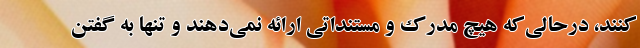
‌کنند، درحالی‌که هیچ مدرک و مستنداتی ارائه نمی‌دهند و تنها به گفتن